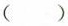
( )